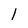
Character: 1